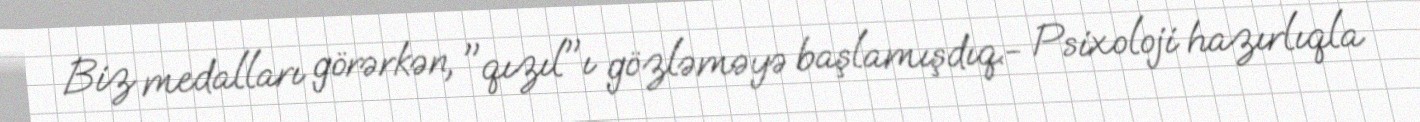
Biz medalları görərkən, "qızıl"ı gözləməyə başlamışdıq.- Psixoloji hazırlıqla